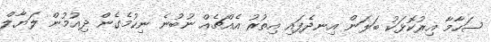
ސަހާމާ އިރުކޮޅަކު ބަލަން އިނދެފައި އިތުރު އެއްޗެއް ނުބުނެ ނިކުމެގެން ދިއުމުން ލަޔާލް